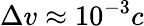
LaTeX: \Delta v\approx 10^{-3}c